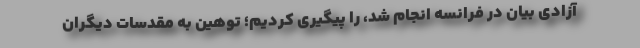
آزادی بیان در فرانسه انجام شد، را پیگیری کردیم؛ توهین به مقدسات دیگران